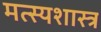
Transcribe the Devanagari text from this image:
मत्स्यशास्त्र